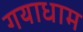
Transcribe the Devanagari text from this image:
गयाधाम